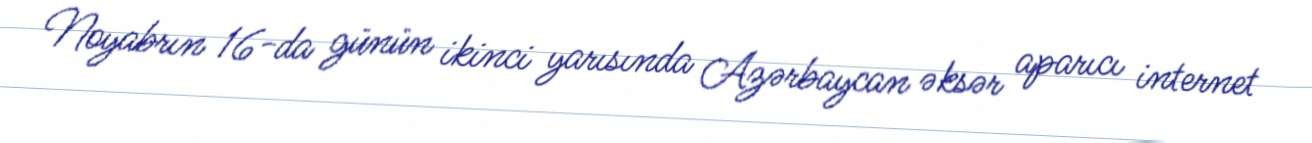
Noyabrın 16-da günün ikinci yarısında Azərbaycan əksər aparıcı internet